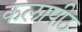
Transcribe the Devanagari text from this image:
कलापीठ